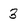
Character: 3